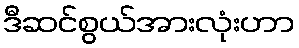
ဒီဆင်စွယ်အားလုံးဟာ